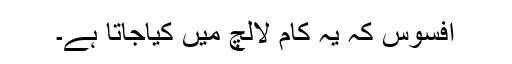
افسوس کہ یہ کام لالچ میں کیاجاتا ہے۔